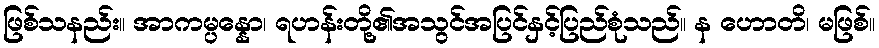
ဖြစ်သနည်း။ အာကမ္ပန္နော၊ ရဟန်းတို့၏အသွင်အပြင်နှင့်ပြည်စုံသည်။ န ဟောတိ၊ မဖြစ်။